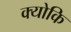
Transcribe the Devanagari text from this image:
क्‍योकि